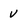
Character: v